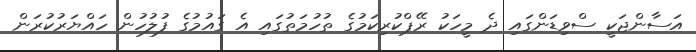
އަސާންޖަކީ ސްވިޑަންގައި ދެ މީހަކު ރޭޕްކުރިކަމުގެ ތުހުމަތުގައި އެ ގައުމުގެ ފުލުހުން ހައްޔަރުކުރަން